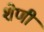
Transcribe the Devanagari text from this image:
शेणी